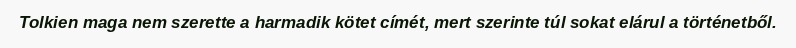
Tolkien maga nem szerette a harmadik kötet címét, mert szerinte túl sokat elárul a történetből.